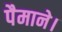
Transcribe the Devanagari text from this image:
पैमाने।